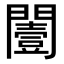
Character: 𨶮